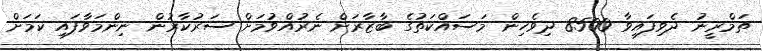
ތަމްރީނު ދެވިފައިވާ 8500 ދިވެހިން މަސައްކަތުގެ ބާޒާރަށް ނެރުއްވުމަށް ސަރުކާރުން ނިންމަވާފައި ކަމަށް